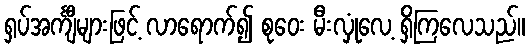
ရှပ်အင်္ကျီများဖြင့် လာရောက်၍ စုဝေး မီးလှုံလေ့ ရှိကြလေသည်။